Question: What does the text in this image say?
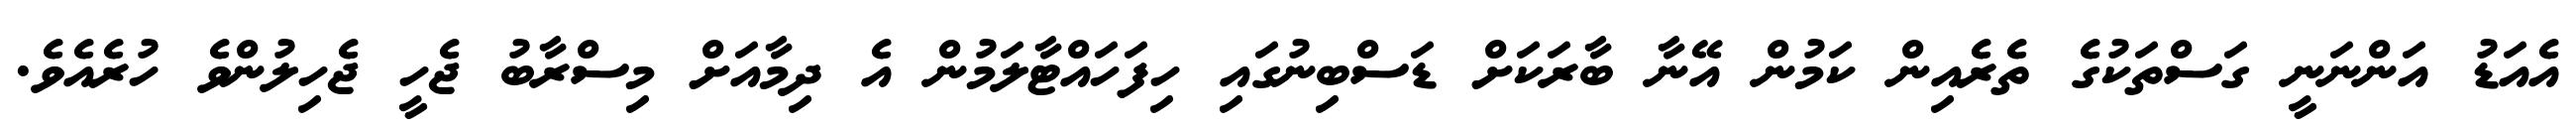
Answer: އެއަޑު އަންނަނީ ގަސްތަކުގެ ތެރެއިން ކަމުން އޭނާ ބާރަކަށް ޑަސްބިނުގައި ހިފަހައްޓާލަމުން އެ ދިމާއަށް މިސްރާބު ޖެހީ ޖެހިލުންވެ ހުރެއެވެ.